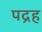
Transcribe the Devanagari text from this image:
पद्रह